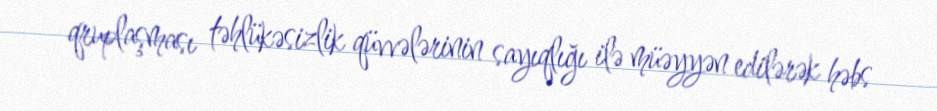
qruplaşması təhlükəsizlik qüvvələrinin sayıqlığı ilə müəyyən edilərək həbs